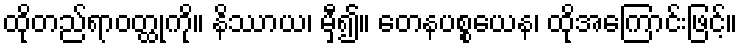
ထိုတည်ရာဝတ္ထုကို။ နိဿာယ၊ မှီ၍။ တေနပစ္စယေန၊ ထိုအကြောင်းဖြင့်။